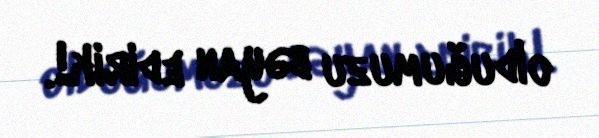
olduğumuzu bəyan edirik!.